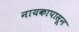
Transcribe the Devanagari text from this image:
नायकापासून